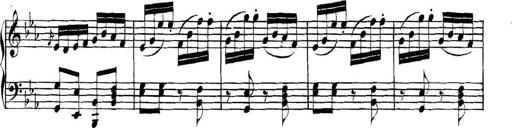
Title: Collected Piano Sonatas
Composer: Muzio Clementi